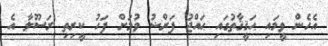
އެހެން ވީމައި ޙަޤީޤާތުގައި ޙައްޖު ފަރްޟު ވުމަށް ފަހު ކީރިތި ރަސޫލާ އެ